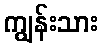
ကျွန်းသား